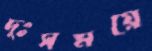
দুঃসময়ে